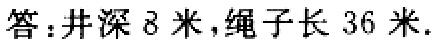
答：井深 8 米，绳子长 36 米.